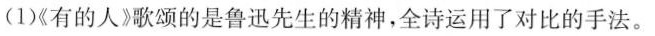
(1)《有的人》歌颂的是鲁迅先生的精神，全诗运用了对比的手法。